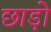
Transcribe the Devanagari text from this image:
छाड़ो